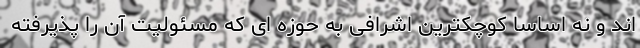
اند و نه اساسا کوچکترین اشرافی به حوزه ای که مسئولیت آن را پذیرفته